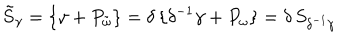
\tilde { S } _ { \gamma } = \{ \gamma + P _ { \tilde { \omega } } \} = \delta \, \{ \delta ^ { - 1 } \gamma + P _ { \omega } \} = \delta \, S _ { \delta ^ { - 1 } \gamma }